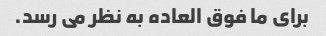
برای ما فوق العاده به نظر می رسد.